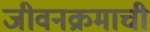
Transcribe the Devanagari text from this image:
जीवनक्रमाची